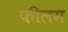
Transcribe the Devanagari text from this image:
फीलम